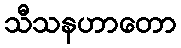
သီသနဟာတော